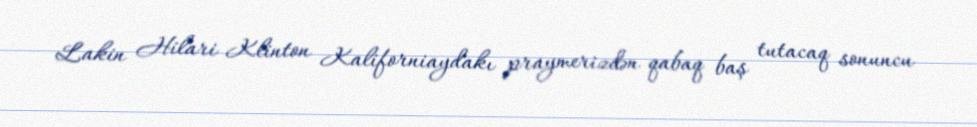
Lakin Hilari Klinton Kaliforniaydakı praymerizdən qabaq baş tutacaq sonuncu